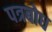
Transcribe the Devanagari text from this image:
पत्रबोध